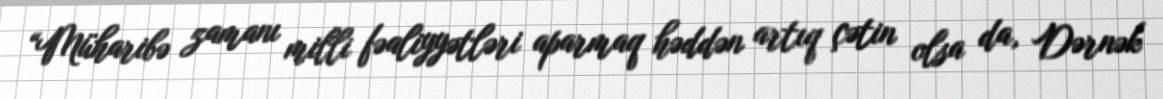
“Müharibə zamanı milli fəaliyyətləri aparmaq həddən artıq çətin olsa da, Dərnək